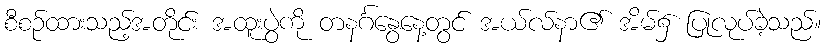
စီစဉ်ထားသည့်အတိုင်း အထူးပွဲကို တနင်္ဂနွေနေ့တွင် အယ်လ်နာ၏ အိမ်၌ ပြုလုပ်ခဲ့သည်။